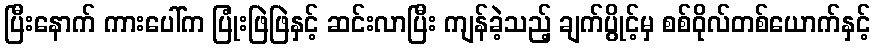
ပြီးနောက် ကားပေါ်က ပြုံးဖြဲဖြဲနှင့် ဆင်းလာပြီး ကျန်ခဲ့သည့် ချက်ပွိုင့်မှ စစ်ဝိုလ်တစ်ယောက်နှင့်